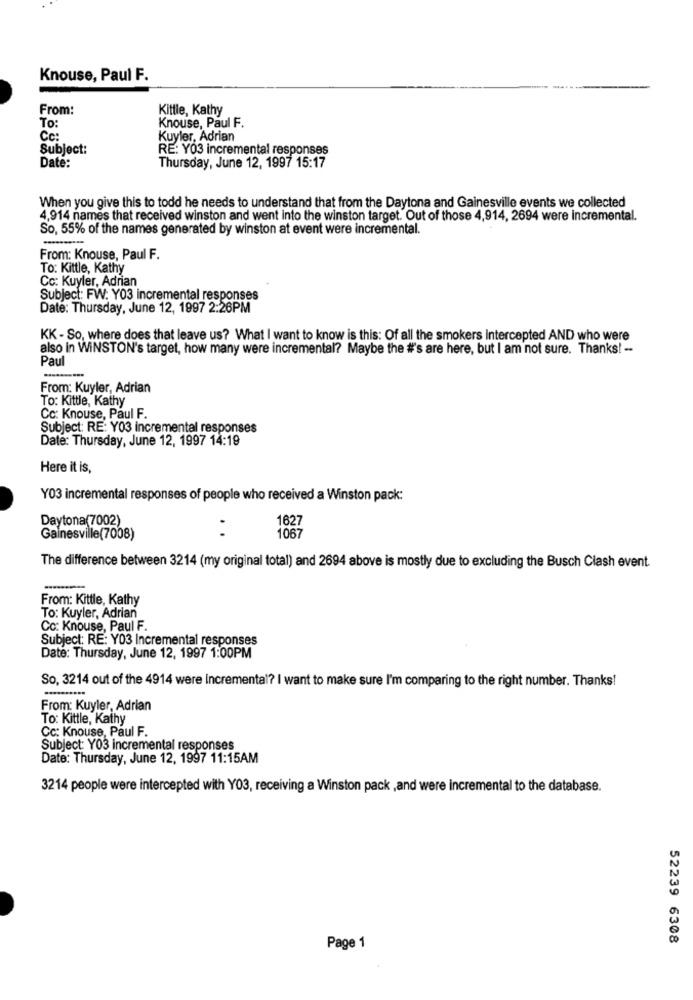
Knouse, Paul F.
From:
Kittie, Kathy
To:
Knouse, Paul F.
Kuyler, Adrian
Subject:
RE: Y03 incremental responses
Date:
Thursday, June 12, 1997 15:17
When you give this to todd he needs to understand that from the Daytona and Gainesville events we collected
4,914 names that received winston and went into the winston target. Out of those 4,914, 2694 were incremental.
So, 55% of the names generated by winston at event were incremental.
From: Knouse, Paul F.
To: Kittle, Kathy
Cc: Kuyler, Adrian
Subject: FW: Y03 incremental responses
Date: Thursday, June 12, 1997 2:26PM
KK - So, where does that leave us? What I want to know is this: Of all the smokers Intercepted AND who were
also in WINSTON's target, how many were incremental? Maybe the #'s are here, but I am not sure. Thanks! --
Paul
From: Kuyler, Adrian
To: Kittle, Kathy
Cc: Knouse, Paul F.
Subject: RE: Y03 incremental responses
Date: Thursday, June 12, 1997 14:19
Here it is,
Y03 incremental responses of people who received a Winston pack:
Daytona(7002)
1627
Gainesville(7008)
1067
The difference between 3214 (my original total) and 2694 above is mostly due to excluding the Busch Clash event.
From: Kittle, Kathy
To: Kuyler, Adrian
Cc: Knouse, Paul F.
Subject: RE: Y03 Incremental responses
Date: Thursday, June 12, 1997 1:00PM
So, 3214 out of the 4914 were Incremental? I want to make sure I'm comparing to the right number. Thanks!
From: Kuyler, Adrian
To: Kittle, Kathy
Cc: Knouse, Paul F.
Subject: Y03 incremental responses
Date: Thursday, June 12, 1997 11:15AM
3214 people were intercepted with Y03, receiving a Winston pack , and were incremental to the database.
52239 6308
Page 1